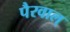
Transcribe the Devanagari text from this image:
पैरवाल्